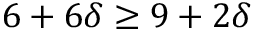
6 + 6 \delta \geq 9 + 2 \delta